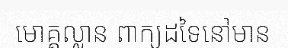
មោគ្គល្លាន ពាក្យដទៃនៅមាន